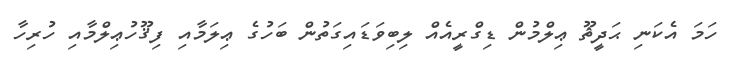
ހަމަ އެކަނި ޙަދީޘޫ ޢިލްމުން ޑިގްރީއެއް ލިބިވަޑައިގަތުން ބަހުގެ ޢިލަމާއި ފިޤޫހުޢިލްމާއި ހުރިހާ